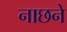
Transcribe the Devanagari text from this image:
नाछने